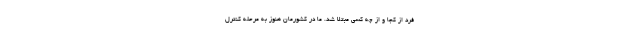
فرد از کجا و از چه کسی مبتلا شد. ما در کشورمان هنوز به مرحله کنترل